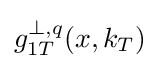
g_{1T}^{\bot ,q}(x,k_{T})